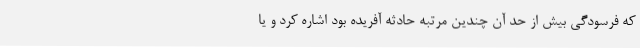
که فرسودگی بیش از حد آن چندین مرتبه حادثه آفریده بود اشاره کرد و یا